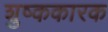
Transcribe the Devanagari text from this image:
शुष्ककारक